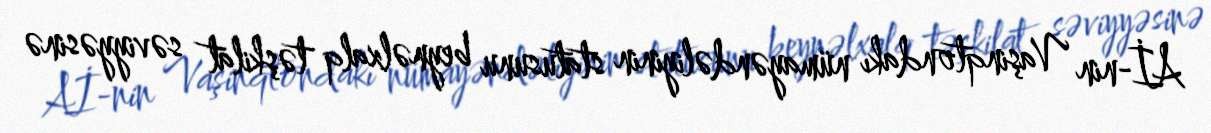
Aİ-nin Vaşinqtondakı nümayəndəliyinin statusunu beynəlxalq təşkilat səviyyəsinə